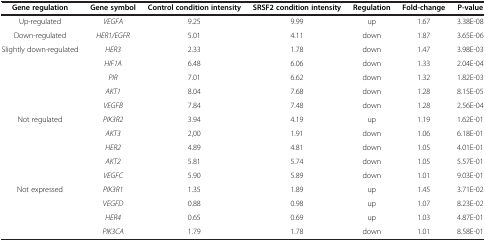
<table><thead><tr><td><b>Gene regulation</b></td><td><b>Gene symbol</b></td><td><b>Control condition intensity</b></td><td><b>SRSF2 condition intensity</b></td><td><b>Regulation</b></td><td><b>Fold-change</b></td><td><b>P-value</b></td></tr></thead><tbody><tr><td>Up-regulated</td><td><i>VEGFA</i></td><td>9.25</td><td>9.99</td><td>up</td><td>1.67</td><td>3.38E-08</td></tr><tr><td>Down-regulated</td><td><i>HER1/EGFR</i></td><td>5.01</td><td>4.11</td><td>down</td><td>1.87</td><td>3.65E-06</td></tr><tr><td>Slightly down-regulated</td><td><i>HER3</i></td><td>2.33</td><td>1.78</td><td>down</td><td>1.47</td><td>3.98E-03</td></tr><tr><td> </td><td><i>HIF1A</i></td><td>6.48</td><td>6.06</td><td>down</td><td>1.33</td><td>2.04E-04</td></tr><tr><td> </td><td><i>PIR</i></td><td>7.01</td><td>6.62</td><td>down</td><td>1.32</td><td>1.82E-03</td></tr><tr><td> </td><td><i>AKT1</i></td><td>8.04</td><td>7.68</td><td>down</td><td>1.28</td><td>8.15E-05</td></tr><tr><td> </td><td><i>VEGFB</i></td><td>7.84</td><td>7.48</td><td>down</td><td>1.28</td><td>2.56E-04</td></tr><tr><td>Not regulated</td><td><i>PIK3R2</i></td><td>3.94</td><td>4.19</td><td>up</td><td>1.19</td><td>1.62E-01</td></tr><tr><td> </td><td><i>AKT3</i></td><td>2,00</td><td>1.91</td><td>down</td><td>1.06</td><td>6.18E-01</td></tr><tr><td> </td><td><i>HER2</i></td><td>4.89</td><td>4.81</td><td>down</td><td>1.05</td><td>4.01E-01</td></tr><tr><td> </td><td><i>AKT2</i></td><td>5.81</td><td>5.74</td><td>down</td><td>1.05</td><td>5.57E-01</td></tr><tr><td> </td><td><i>VEGFC</i></td><td>5.90</td><td>5.89</td><td>down</td><td>1.01</td><td>9.03E-01</td></tr><tr><td>Not expressed</td><td><i>PIK3R1</i></td><td>1.35</td><td>1.89</td><td>up</td><td>1.45</td><td>3.71E-02</td></tr><tr><td> </td><td><i>VEGFD</i></td><td>0.88</td><td>0.98</td><td>up</td><td>1.07</td><td>8.23E-02</td></tr><tr><td> </td><td><i>HER4</i></td><td>0.65</td><td>0.69</td><td>up</td><td>1.03</td><td>4.87E-01</td></tr><tr><td> </td><td><i>PIK3CA</i></td><td>1.79</td><td>1.78</td><td>down</td><td>1.01</td><td>8.58E-01</td></tr></tbody></table>